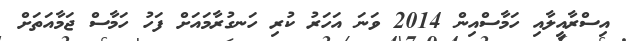
އިސްރާއީލާއި ހަމާސްއިން 2014 ވަނަ އަހަރު ކުރި ހަނގުރާމައަށް ފަހު ހަމާސް ޖަމާއަތަށް